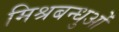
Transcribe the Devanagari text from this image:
मिश्रबन्धुओं